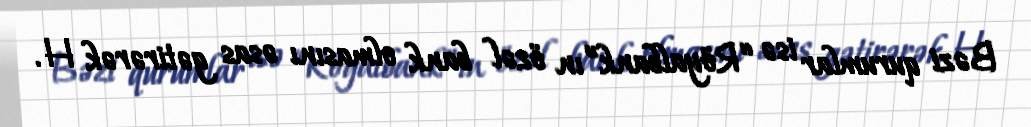
Bəzi qurumlar isə “Röyalbank”ın özəl bank olmasını əsas gətirərək H.